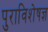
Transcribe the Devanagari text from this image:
पुराविशेषज्ञ